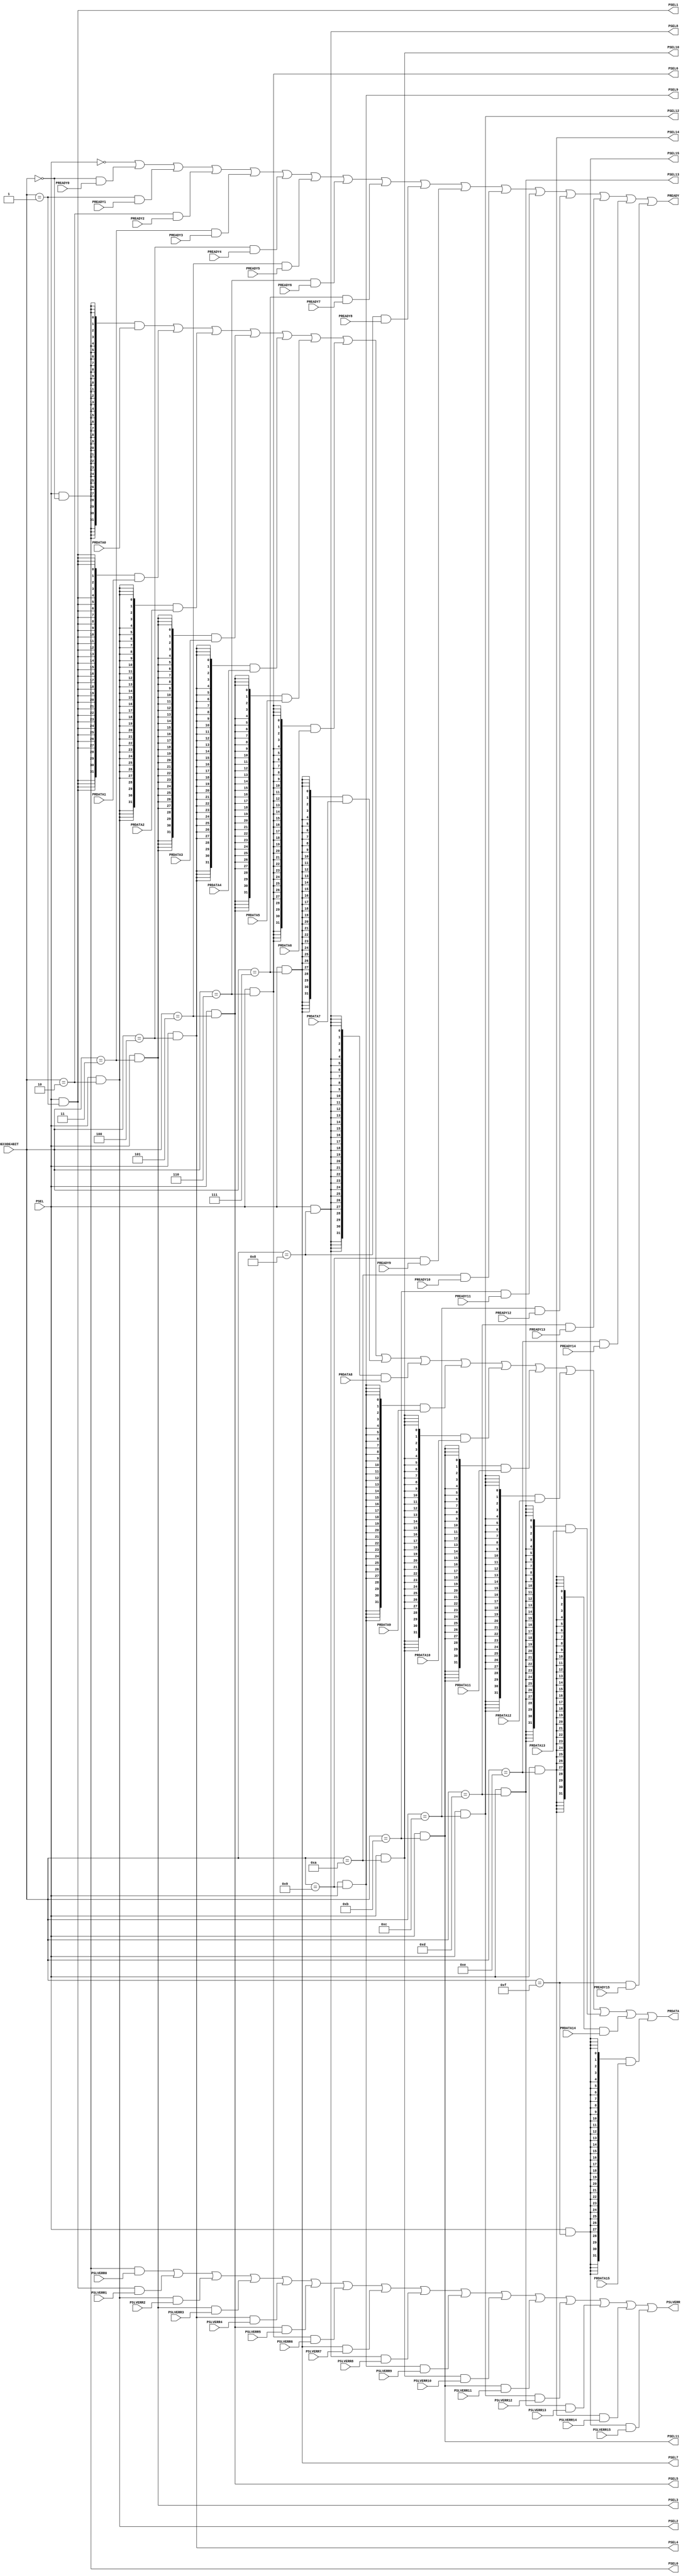
//-----------------------------------------------------------------------------
// The confidential and proprietary information contained in this file may
// only be used by a person authorised under and to the extent permitted
// by a subsisting licensing agreement from ARM Limited or its affiliates.
//
//        (C) COPYRIGHT 2015 ARM Limited or its affiliates.
//            ALL RIGHTS RESERVED
//
// This entire notice must be reproduced on all copies of this file
// and copies of this file may only be made by a person if such person is
// permitted to do so under the terms of a subsisting license agreement
// from ARM Limited or its affiliates.
//
//      SVN Information
//
//      Checked In          :  2015-09-17 13:43:40 +0100 (Thu, 17 Sep 2015)
//
//      Revision            :  2354
//
//      Release Information : CM3DesignStart-r0p0-02rel0
//
// -----------------------------------------------------------------------------
// Abstract : APB slave multiplex
// -----------------------------------------------------------------------------
// -----------------------------------------------------------------------------
// Verilog-2001 (IEEE Std 1364-2001)
// -----------------------------------------------------------------------------
// File content is a simple (unchanged) version of CMSDK - cmsdk_apb_slave_mux.v
// Used CM3 release: BP210-BU-00000-r1p0-01rel0
//    Revision: 244029
//    Release Information : CM3DesignStart-r0p0-02rel0
//-----------------------------------------------------------------------------

module p_beid_interconnect_f0_apb_slave_mux #(
  // Parameters to enable/disable ports
  parameter PORT0_ENABLE  = 1,
  parameter PORT1_ENABLE  = 1,
  parameter PORT2_ENABLE  = 1,
  parameter PORT3_ENABLE  = 1,
  parameter PORT4_ENABLE  = 1,
  parameter PORT5_ENABLE  = 1,
  parameter PORT6_ENABLE  = 1,
  parameter PORT7_ENABLE  = 1,
  parameter PORT8_ENABLE  = 1,
  parameter PORT9_ENABLE  = 1,
  parameter PORT10_ENABLE = 1,
  parameter PORT11_ENABLE = 1,
  parameter PORT12_ENABLE = 1,
  parameter PORT13_ENABLE = 1,
  parameter PORT14_ENABLE = 1,
  parameter PORT15_ENABLE = 1)
 (
// --------------------------------------------------------------------------
// Port Definitions
// --------------------------------------------------------------------------
  input  wire  [3:0]  DECODE4BIT,
  input  wire         PSEL,

  output wire         PSEL0,
  input  wire         PREADY0,
  input  wire [31:0]  PRDATA0,
  input  wire         PSLVERR0,

  output wire         PSEL1,
  input  wire         PREADY1,
  input  wire [31:0]  PRDATA1,
  input  wire         PSLVERR1,

  output wire         PSEL2,
  input  wire         PREADY2,
  input  wire [31:0]  PRDATA2,
  input  wire         PSLVERR2,

  output wire         PSEL3,
  input  wire         PREADY3,
  input  wire [31:0]  PRDATA3,
  input  wire         PSLVERR3,

  output wire         PSEL4,
  input  wire         PREADY4,
  input  wire [31:0]  PRDATA4,
  input  wire         PSLVERR4,

  output wire         PSEL5,
  input  wire         PREADY5,
  input  wire [31:0]  PRDATA5,
  input  wire         PSLVERR5,

  output wire         PSEL6,
  input  wire         PREADY6,
  input  wire [31:0]  PRDATA6,
  input  wire         PSLVERR6,

  output wire         PSEL7,
  input  wire         PREADY7,
  input  wire [31:0]  PRDATA7,
  input  wire         PSLVERR7,

  output wire         PSEL8,
  input  wire         PREADY8,
  input  wire [31:0]  PRDATA8,
  input  wire         PSLVERR8,

  output wire         PSEL9,
  input  wire         PREADY9,
  input  wire [31:0]  PRDATA9,
  input  wire         PSLVERR9,

  output wire         PSEL10,
  input  wire         PREADY10,
  input  wire [31:0]  PRDATA10,
  input  wire         PSLVERR10,

  output wire         PSEL11,
  input  wire         PREADY11,
  input  wire [31:0]  PRDATA11,
  input  wire         PSLVERR11,

  output wire         PSEL12,
  input  wire         PREADY12,
  input  wire [31:0]  PRDATA12,
  input  wire         PSLVERR12,

  output wire         PSEL13,
  input  wire         PREADY13,
  input  wire [31:0]  PRDATA13,
  input  wire         PSLVERR13,

  output wire         PSEL14,
  input  wire         PREADY14,
  input  wire [31:0]  PRDATA14,
  input  wire         PSLVERR14,

  output wire         PSEL15,
  input  wire         PREADY15,
  input  wire [31:0]  PRDATA15,
  input  wire         PSLVERR15,

  output wire         PREADY,
  output wire [31:0]  PRDATA,
  output wire         PSLVERR);

  // --------------------------------------------------------------------------
  // Start of main code
  // --------------------------------------------------------------------------

  wire [15:0] en  = { (PORT15_ENABLE == 1), (PORT14_ENABLE == 1),
                      (PORT13_ENABLE == 1), (PORT12_ENABLE == 1),
                      (PORT11_ENABLE == 1), (PORT10_ENABLE == 1),
                      (PORT9_ENABLE  == 1), (PORT8_ENABLE  == 1),
                      (PORT7_ENABLE  == 1), (PORT6_ENABLE  == 1),
                      (PORT5_ENABLE  == 1), (PORT4_ENABLE  == 1),
                      (PORT3_ENABLE  == 1), (PORT2_ENABLE  == 1),
                      (PORT1_ENABLE  == 1), (PORT0_ENABLE  == 1) };

  wire [15:0] dec = { (DECODE4BIT == 4'd15), (DECODE4BIT == 4'd14),
                      (DECODE4BIT == 4'd13), (DECODE4BIT == 4'd12),
                      (DECODE4BIT == 4'd11), (DECODE4BIT == 4'd10),
                      (DECODE4BIT == 4'd9 ), (DECODE4BIT == 4'd8 ),
                      (DECODE4BIT == 4'd7 ), (DECODE4BIT == 4'd6 ),
                      (DECODE4BIT == 4'd5 ), (DECODE4BIT == 4'd4 ),
                      (DECODE4BIT == 4'd3 ), (DECODE4BIT == 4'd2 ),
                      (DECODE4BIT == 4'd1 ), (DECODE4BIT == 4'd0 ) };

  assign PSEL0   = PSEL & dec[ 0] & en[ 0];
  assign PSEL1   = PSEL & dec[ 1] & en[ 1];
  assign PSEL2   = PSEL & dec[ 2] & en[ 2];
  assign PSEL3   = PSEL & dec[ 3] & en[ 3];
  assign PSEL4   = PSEL & dec[ 4] & en[ 4];
  assign PSEL5   = PSEL & dec[ 5] & en[ 5];
  assign PSEL6   = PSEL & dec[ 6] & en[ 6];
  assign PSEL7   = PSEL & dec[ 7] & en[ 7];
  assign PSEL8   = PSEL & dec[ 8] & en[ 8];
  assign PSEL9   = PSEL & dec[ 9] & en[ 9];
  assign PSEL10  = PSEL & dec[10] & en[10];
  assign PSEL11  = PSEL & dec[11] & en[11];
  assign PSEL12  = PSEL & dec[12] & en[12];
  assign PSEL13  = PSEL & dec[13] & en[13];
  assign PSEL14  = PSEL & dec[14] & en[14];
  assign PSEL15  = PSEL & dec[15] & en[15];

  assign PREADY  = ~PSEL |
                   ( dec[ 0]  & (PREADY0  | ~en[ 0]) ) |
                   ( dec[ 1]  & (PREADY1  | ~en[ 1]) ) |
                   ( dec[ 2]  & (PREADY2  | ~en[ 2]) ) |
                   ( dec[ 3]  & (PREADY3  | ~en[ 3]) ) |
                   ( dec[ 4]  & (PREADY4  | ~en[ 4]) ) |
                   ( dec[ 5]  & (PREADY5  | ~en[ 5]) ) |
                   ( dec[ 6]  & (PREADY6  | ~en[ 6]) ) |
                   ( dec[ 7]  & (PREADY7  | ~en[ 7]) ) |
                   ( dec[ 8]  & (PREADY8  | ~en[ 8]) ) |
                   ( dec[ 9]  & (PREADY9  | ~en[ 9]) ) |
                   ( dec[10]  & (PREADY10 | ~en[10]) ) |
                   ( dec[11]  & (PREADY11 | ~en[11]) ) |
                   ( dec[12]  & (PREADY12 | ~en[12]) ) |
                   ( dec[13]  & (PREADY13 | ~en[13]) ) |
                   ( dec[14]  & (PREADY14 | ~en[14]) ) |
                   ( dec[15]  & (PREADY15 | ~en[15]) );

  assign PSLVERR = ( PSEL0  & PSLVERR0  ) |
                   ( PSEL1  & PSLVERR1  ) |
                   ( PSEL2  & PSLVERR2  ) |
                   ( PSEL3  & PSLVERR3  ) |
                   ( PSEL4  & PSLVERR4  ) |
                   ( PSEL5  & PSLVERR5  ) |
                   ( PSEL6  & PSLVERR6  ) |
                   ( PSEL7  & PSLVERR7  ) |
                   ( PSEL8  & PSLVERR8  ) |
                   ( PSEL9  & PSLVERR9  ) |
                   ( PSEL10 & PSLVERR10 ) |
                   ( PSEL11 & PSLVERR11 ) |
                   ( PSEL12 & PSLVERR12 ) |
                   ( PSEL13 & PSLVERR13 ) |
                   ( PSEL14 & PSLVERR14 ) |
                   ( PSEL15 & PSLVERR15 );

  assign PRDATA  = ( {32{PSEL0 }} & PRDATA0  ) |
                   ( {32{PSEL1 }} & PRDATA1  ) |
                   ( {32{PSEL2 }} & PRDATA2  ) |
                   ( {32{PSEL3 }} & PRDATA3  ) |
                   ( {32{PSEL4 }} & PRDATA4  ) |
                   ( {32{PSEL5 }} & PRDATA5  ) |
                   ( {32{PSEL6 }} & PRDATA6  ) |
                   ( {32{PSEL7 }} & PRDATA7  ) |
                   ( {32{PSEL8 }} & PRDATA8  ) |
                   ( {32{PSEL9 }} & PRDATA9  ) |
                   ( {32{PSEL10}} & PRDATA10 ) |
                   ( {32{PSEL11}} & PRDATA11 ) |
                   ( {32{PSEL12}} & PRDATA12 ) |
                   ( {32{PSEL13}} & PRDATA13 ) |
                   ( {32{PSEL14}} & PRDATA14 ) |
                   ( {32{PSEL15}} & PRDATA15 );

endmodule